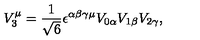
V _ { 3 } ^ { \mu } = \frac { 1 } { \sqrt { 6 } } \epsilon ^ { \alpha \beta \gamma \mu } V _ { 0 \alpha } V _ { 1 \beta } V _ { 2 \gamma } ,